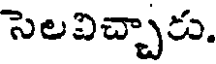
సెలవిచ్చారు.